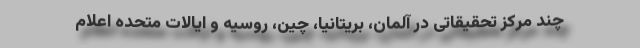
چند مرکز تحقیقاتی در آلمان، بریتانیا، چین، روسیه و ایالات متحده اعلام